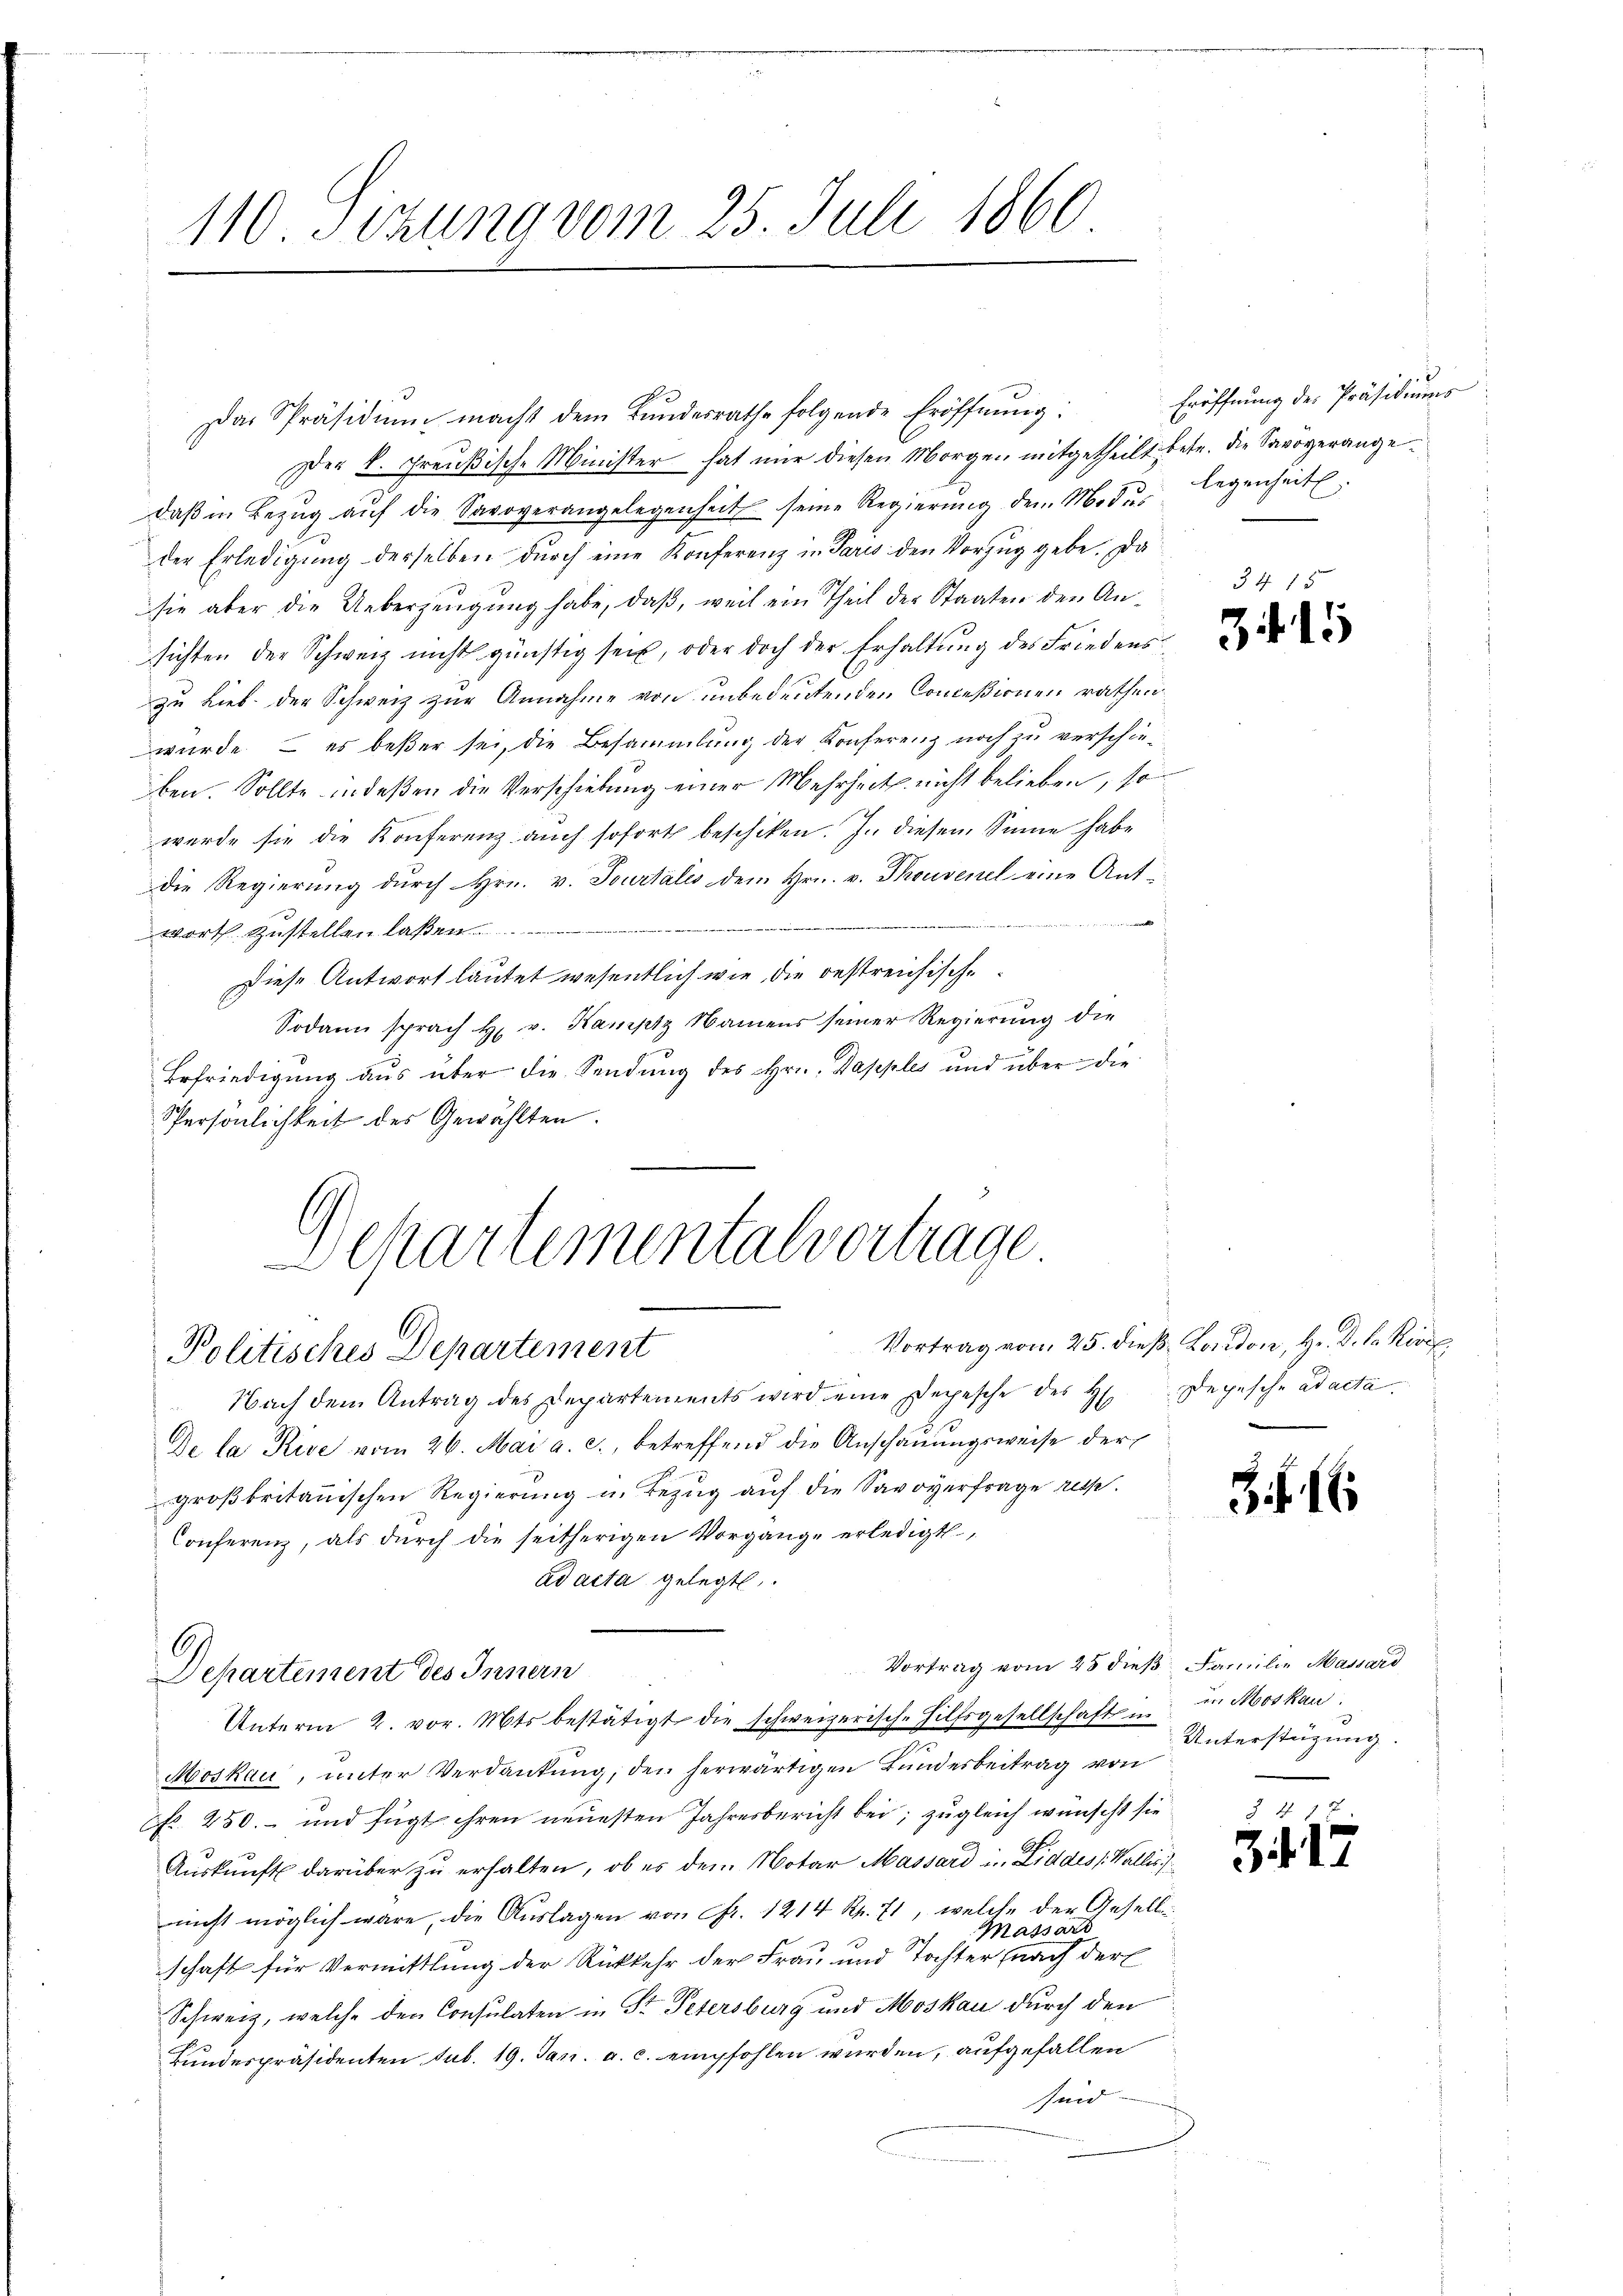
110. Sitzung vom 25. Juli 1860

Das Präsidiŭm macht dem Bundesrathe folgende Eröffnung:
Der k. Greußische Minister hat nur diesen Morgen mitgetheilt betr. die Savöverangedaβ in Bezŭg aŭf die Savoverangelegenheit seine Regierŭng dem Modus legenheit.
der Erledigŭng derselben dŭrch eine Konferenz in Paris den Vorzug gebe. Da
sie aber die Ueberzeugung habe, daß, weil ein Theil der Staaten den Ansichten der Schweiz nicht günstig sei, oder doch der Erhaltung des Friedens
zu Lieb. der Schweiz zur Annahme von unbedeutenden Conceßionen rathen
wurde – es beßer sei, die Besammlung der Konferenz noch zu verschieben. Sollte indeßen die Verschiebung einer Mehrheit nicht belieben, so
wurde sie die Konferenz auch sofort beschiken. In diesem Sinne habe
die Regierung durch Hrn. v. Tourtales dem Hrn. v. Thouvenel eine Ant¬

wort. Zŭstellen laßen
Diese Antwort lautet wesentlich wie die bestreichische
Sodann sprach H. v. Kamptz Namens seiner Regierŭng die
Erfriedigung aus über die Sendung des Hrn. Dapples und über die
Persönlichkeit des Gewählten.
Departementalvertrage

Politisches Departement

Departement des Innern
Unterm 2. vor. Mts. bestätigt die schweizerisch-Hilfsgesellschaft u. in Moskau

Nach dem Antrag des Departements wird eine Depesche des H. Depesche ad acta
De la Rue vom 26. Mai a. c., betreffend die Anschaŭŭngsweise der
großbritanischen Regierŭng u. Bezŭg aŭf die Savoyerfrage resp.
Conferenz, als dŭrch die seitherigen Vorgange erledigt,
ad acta gelegt.
Vortrag vom 25 dieß Familie Massard
Moskau, unter Verdankung, den herwärtigen Bundesbeitrag von
Nr. 250.- und fügt ihren neuesten Jahresbericht bei; zugleich wünscht sie
Aŭskŭnft darüber zŭ erhalten, ob es dem Notar Massard in Liddes Wallis
nicht möglich wäre, die Aŭslagen von Fr. 1214 Rp. 71, welche der Gesellen
Massars
schaft für Vermittlung der Rückkehr der Frau und Tochter (nach der
Schweiz, welche den Consulaten in St. Petersburg und Moskau durch den
Bundespräsidenten sub. 19. Jan. a. c. empfohlen wurden, aufgefallen
sind. |

Eröffnung der Präsidiums

15

Vortrag von 25. dieß London, H. D. h. Kir

8

Zif. 17

1

Unterstüzung.